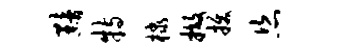
黯特棣撤拔恣